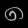
Digit: ၈